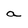
Character: a